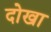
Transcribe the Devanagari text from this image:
दोखा